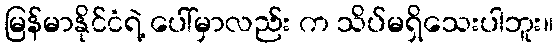
မြန်မာနိုင်ငံရဲ့ ပေါ်မှာလည်း က သိပ်မရှိသေးပါဘူး။